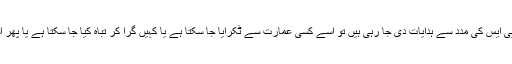
اگر کسی ڈرون کو جی پی ایس کی مدد سے ہدایات دی جا رہی ہیں تو اسے کسی عمارت سے ٹکرایا جا سکتا ہے یا کہیں گرا کر تباہ کیا جا سکتا ہے یا پھر اسے چرایا جا سکتا ہے‘۔